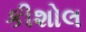
કીશોલ